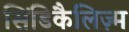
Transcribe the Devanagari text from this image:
सिंडिकैलिज़्म